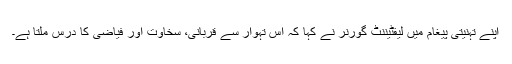
اپنے تہنیتی پیغام میں لیفٹیننٹ گورنر نے کہا کہ اس تہوار سے قربانی، سخاوت اور فیاضی کا درس ملتا ہے۔